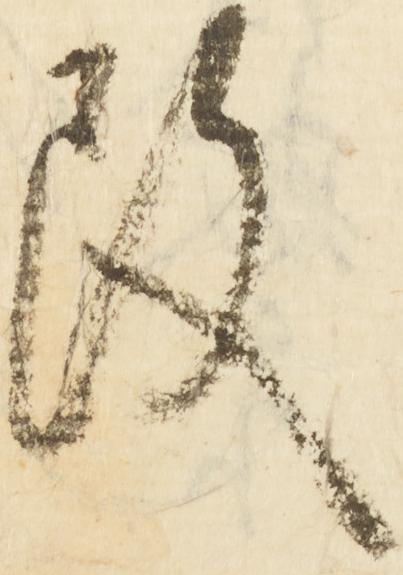
改